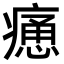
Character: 𤹯